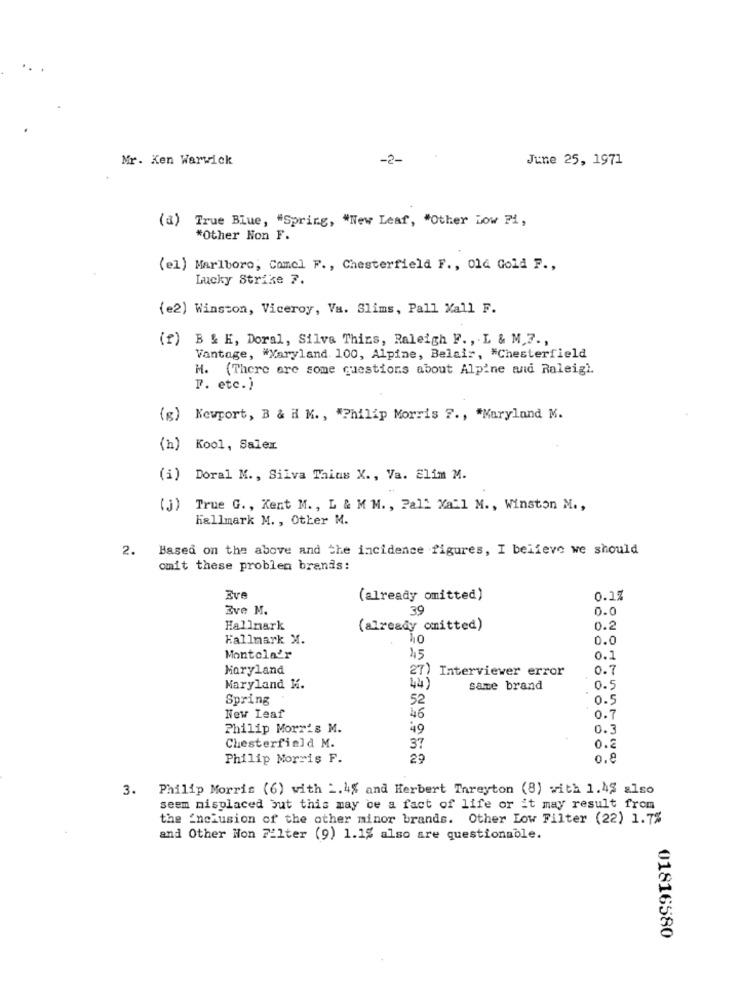
Mr. Ken Warwick
-2-
June 25, 1971
(a) True Blue, "Spring, "New Leaf, "Other Low Fi,
*Other Non F.
(el) Marlboro, Comcl F ., Chesterfield F ., 014 Gold F .,
Lucky Strike 7.
(e2) Winston, Viceroy, Va. Slims, Pall Mall F.
(f) B & E, Doral, Silva Thins, Raleigh F. , L & M.7 .,
Vantage, "Maryland 100, Alpine, Belair, "Chesterfield
M. (There are some questions about Alpine and Raleigh.
P. etc.)
(g) Newport, B & H M ., "Philip Morris 7 ., "Maryland M.
(h) Kool, Saler
(i) Doral M ., Silva Thias X ., Va. Elim M.
(j) True G. , Kent M ., L & M M. , Pall Mall M ., Winston M .,
hallmark M ., Other M.
2.
Based on the above and the incidence figures, I believe we should
omit these problen brands:
Eve
(already omitted)
0.1%
Zve M.
39
0.0
Hallmark
(already omitted)
0.2
Hallmark X.
0.0
Montola'r
45
0.1
Maryland
27) Interviever error
0.7
44)
Maryland K.
same brand
0.5
Spring
52
New Leaf
46
0.7
Philip Morris M.
49
0.3
0.2
Chesterfield M.
37
Philip Morris F.
29
0.8
3. Philip Morris (6) with _. 4% and Herbert Threyton (8) with 1.45 also
seem misplaced but this may be a fact of life or it may result from
the Inclusion of the other minor brands. Other Low Filter (22) 1.7%
and Other Hon Filter (9) 1.1% also are questionable.
01816580